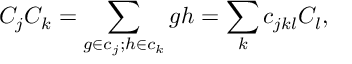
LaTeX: C _ { j } C _ { k } = \sum _ { g \in c _ { j } ; h \in c _ { k } } g h = \sum _ { k } c _ { j k l } C _ { l } ,